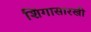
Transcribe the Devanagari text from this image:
शिंगासारखी